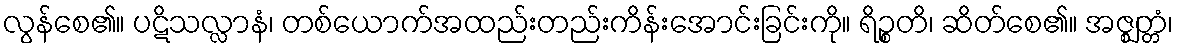
လွန်စေ၏။ ပဋိသလ္လာနံ၊ တစ်ယောက်အထည်းတည်းကိန်းအောင်းခြင်းကို။ ရိဉ္စတိ၊ ဆိတ်စေ၏။ အဇ္ဈတ္တံ၊